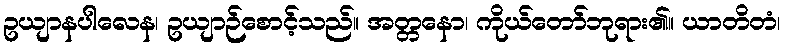
ဥယျာနပါလေန၊ ဥယျာဉ်စောင့်သည်။ အတ္တနော၊ ကိုယ်တော်ဘုရား၏။ ယာတိတံ၊